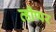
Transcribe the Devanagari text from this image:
व्हीप्पर